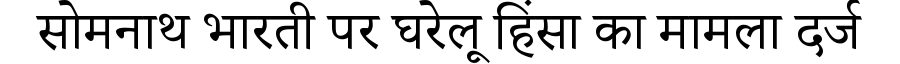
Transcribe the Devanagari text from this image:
सोमनाथ भारती पर घरेलू हिंसा का मामला दर्ज